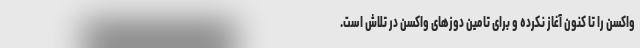
واکسن را تا کنون آغاز نکرده و برای تامین دوزهای واکسن در تلاش است.